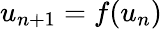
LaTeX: u_{n+1}=f(u_{n})